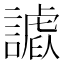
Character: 𧫪